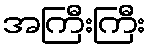
အကြီးကြီး